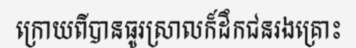
ក្រោយពីបានធូរស្រាលក៏ដឹកជនរងគ្រោះ